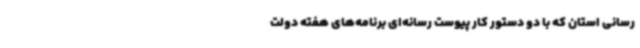
رسانی استان که با دو دستور کار پیوست رسانه‌ای برنامه‌های هفته دولت